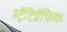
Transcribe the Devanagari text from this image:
स्ट्रॅटिग्रॅफिक